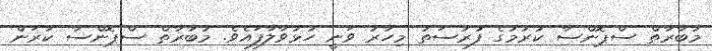
މުބާރާތް ސްޕޮންސާ ކުރުމުގެ ފުރުސަތު މިހާރު ވަނީ ހުޅުވާލާފައެވެ. މުބާރާތް ސްޕޮންސާ ކުރަން